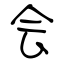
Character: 会